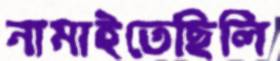
নামাইতেছিলি